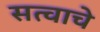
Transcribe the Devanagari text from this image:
सत्वाचे